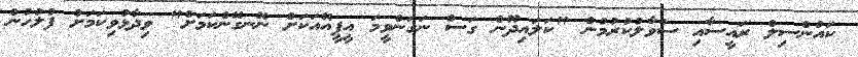
ކައުންސިލް ރައީސާއި ސުވާލުކުރުމުން "ކަލައިދޫން ގަސް ނަގަންވީމަ އީޕީއޭއަކަށް ނޭނގޭނެކަމަށް" ވިދާޅުވިކަމަށް ފުލުހުން